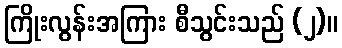
ကြိုးလွန်းအကြား စီသွင်းသည် (၂)။